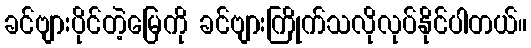
ခင်ဗျားပိုင်တဲ့မြေကို ခင်ဗျားကြိုက်သလိုလုပ်နိုင်ပါတယ်။